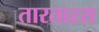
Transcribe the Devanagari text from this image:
तारतारस